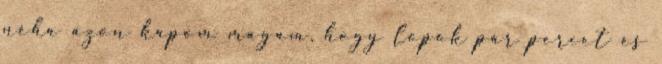
néha azon kapom magam, hogy lopok pár percet és